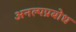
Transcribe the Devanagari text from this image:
अनल्पप्रबोध